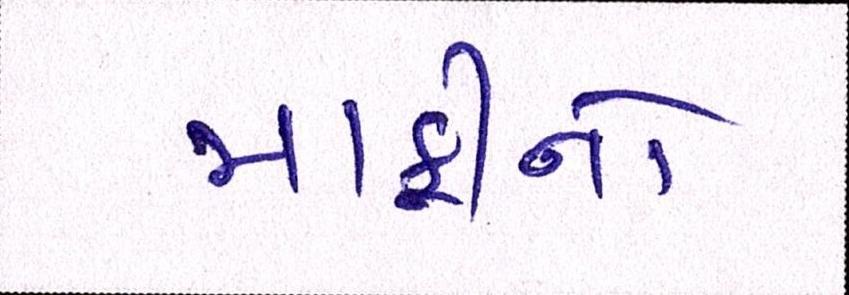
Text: માફીનો